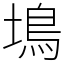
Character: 䲧